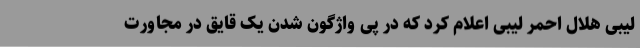
لیبی هلال احمر لیبی اعلام کرد که در پی واژگون شدن یک قایق در مجاورت